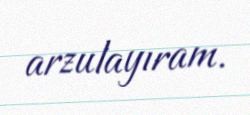
arzulayıram.